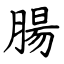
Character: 腸